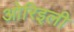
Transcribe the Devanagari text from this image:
ओरिइली